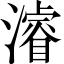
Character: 濬